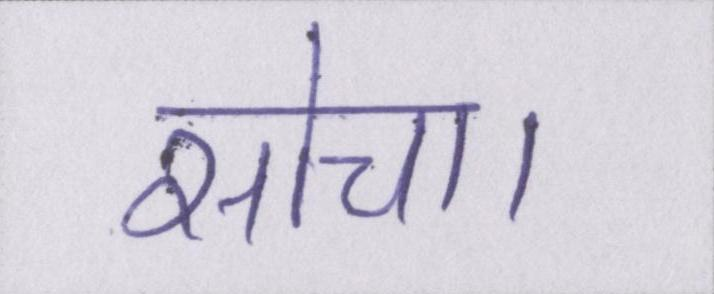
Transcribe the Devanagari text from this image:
सोचा।